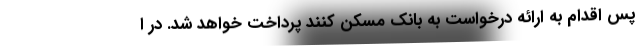
پس اقدام به ارائه درخواست به بانک مسکن کنند پرداخت خواهد شد. در ا